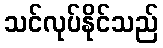
သင်လုပ်နိုင်သည်